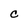
Character: C